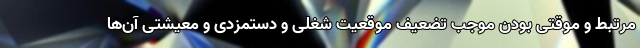
مرتبط و موقتی بودن موجب تضعیف موقعیت شغلی و دستمزدی و معیشتی آن‌ها